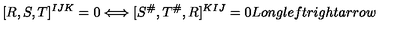
[ R , S , T ] ^ { I J K } = 0 \Longleftrightarrow [ S ^ { \# } , T ^ { \# } , R ] ^ { K I J } = 0 L o n g l e f t r i g h t a r r o w